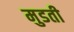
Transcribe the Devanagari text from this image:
मुडती